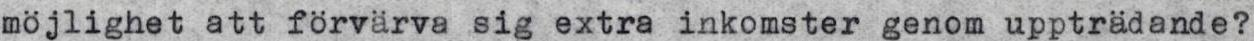
möjlighet att förvärva sig extra inkomster genom uppträdande?